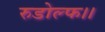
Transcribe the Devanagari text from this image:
रुडोल्फ।।